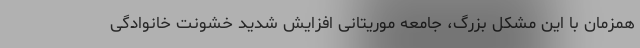
همزمان با این مشکل بزرگ، جامعه موریتانی افزایش شدید خشونت خانوادگی